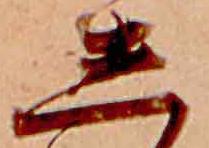
し